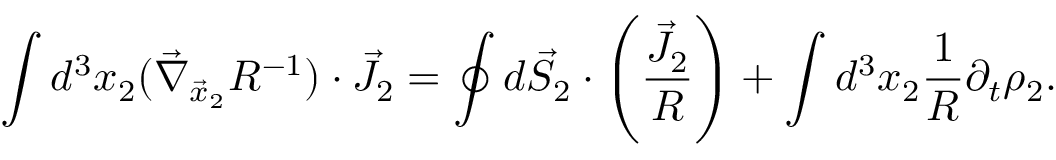
\int d ^ { 3 } x _ { 2 } ( \vec { \nabla } _ { \vec { x } _ { 2 } } R ^ { - 1 } ) \cdot \vec { J } _ { 2 } = \oint d \vec { S } _ { 2 } \cdot \left( \frac { \vec { J } _ { 2 } } { R } \right) + \int d ^ { 3 } x _ { 2 } \frac { 1 } { R } \partial _ { t } \rho _ { 2 } .